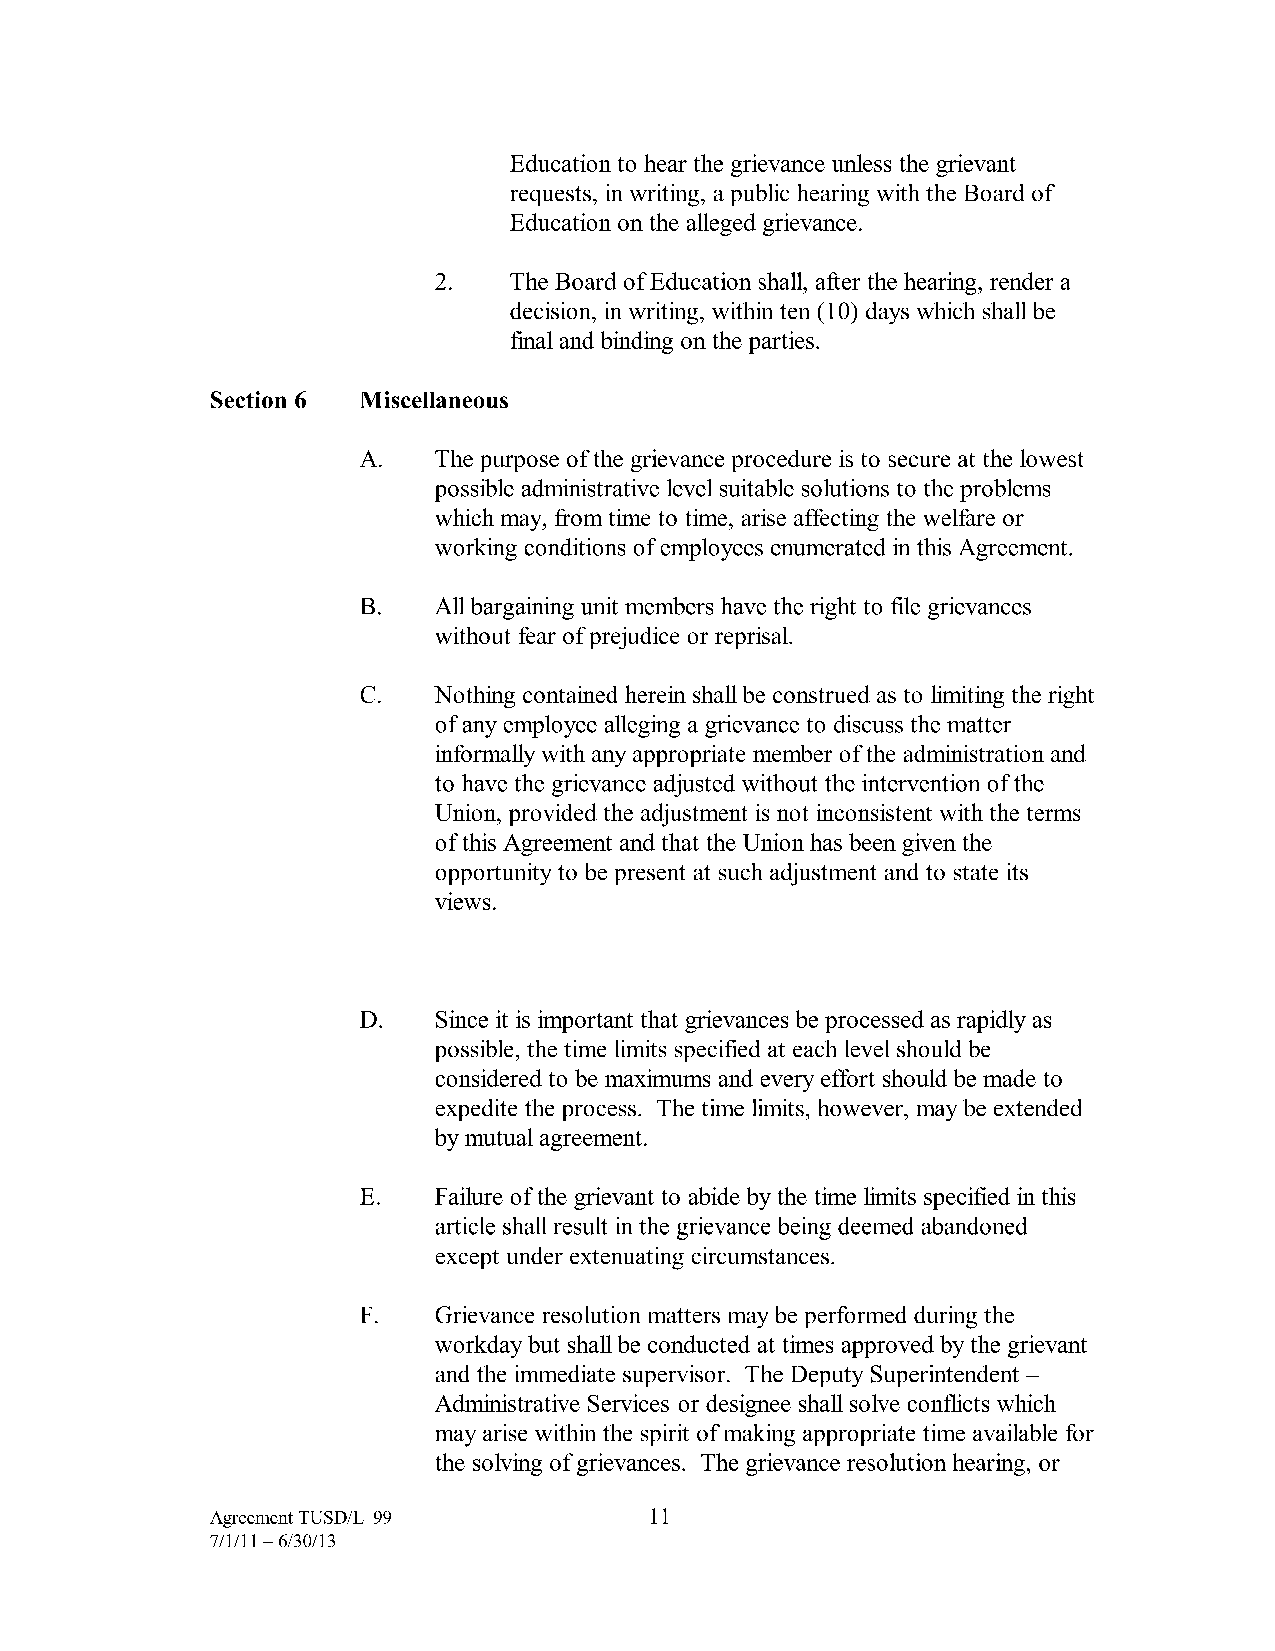
Education to hear the grievance unless the grievant
 requests, in writing, a public hearing with the Board of
 Education on the alleged grievance.
 2.   The Board of Education shall, after the hearing, render a
 decision, in writing, within ten (10) days which shall be
 final and binding on the parties.
 Section 6 Miscellaneous
 A.   The purpose of the grievance procedure is to secure at the lowest
 possible administrative level suitable solutions to the problems
 which may, from time to time, arise affecting the welfare or
 working conditions of employees enumerated in this Agreement.
 B.   All bargaining unit members have the right to file grievances
 without fear of prejudice or reprisal.
 C.   Nothing contained herein shall be construed as to limiting the right
 of any employee alleging a grievance to discuss the matter
 informally with any appropriate member of the administration and
 to have the grievance adjusted without the intervention of the
 Union, provided the adjustment is not inconsistent with the terms
 of this Agreement and that the Union has been given the
 opportunity to be present at such adjustment and to state its
 views.
 D.   Since it is important that grievances be processed as rapidly as
 possible, the time limits specified at each level should be
 considered to be maximums and every effort should be made to
 expedite the process. The time limits, however, may be extended
 by mutual agreement.
 E.   Failure of the grievant to abide by the time limits specified in this
 article shall result in the grievance being deemed abandoned
 except under extenuating circumstances.
 F.   Grievance resolution matters may be performed during the
 workday but shall be conducted at times approved by the grievant
 and the immediate supervisor. The Deputy Superintendent -
 Administrative Services or designee shall solve conflicts which
 may arise within the spirit of making appropriate time available for
 the solving of grievances. The grievance resolution hearing, or
 Agreement TUSD/L-99          11
 7/1/11-6/30/13